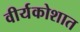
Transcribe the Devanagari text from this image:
वीर्यकोशात